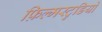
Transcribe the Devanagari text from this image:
फ़िल्मस्टुडियो